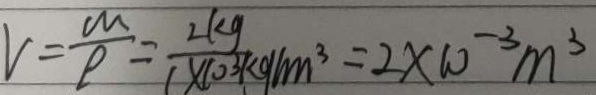
V = \frac { m } { P } = \frac { 2 k g } { 1 \times 1 0 ^ { 3 } k g / m ^ { 3 } } = 2 \times 1 0 ^ { - 3 } m ^ { 3 }